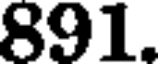
891.